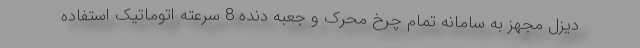
دیزل مجهز به سامانه تمام چرخ محرک و جعبه دنده 8 سرعته اتوماتیک استفاده